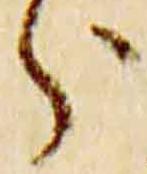
分